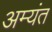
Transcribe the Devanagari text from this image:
अम्यंत